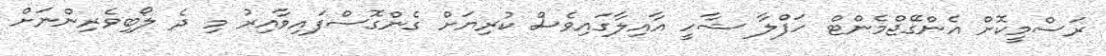
ރަސްމީކޮށް އެންގޭޖްމެންޓް ހަފްލާ ޝާހީ އާއިލާގައިވެސް ކުރިޔަށް ގެންގޮސްފައިވާއިރު މި ދެ ލޯބިވެރިންނަށް